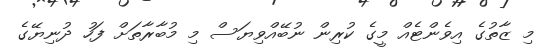
މި ޒާތުގެ އިވެންޓެއް މީގެ ކުރިން ނުބޭއްވިޔަސް މި މުބާރާތަށް ފަހު ދުނިޔޭގެ